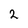
Character: 2